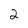
Character: 2